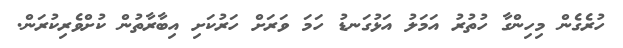
ހުރެގެން މިހިންގާ ހުތުރު އަމަލު އަޅުގަނޑު ހަމަ ވަރަށް ހަރުކަށި އިބާރާތުން ކުށްވެރިކުރަން.